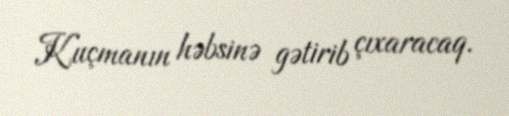
Kuçmanın həbsinə gətirib çıxaracaq.